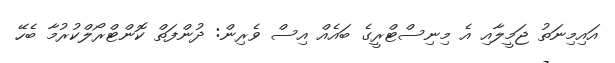
އައިމިނަތު ޖަމީލާއި އެ މިނިސްޓްރީގެ ބައެއް އިސް ވެރިން: ދުންފަތް ކޮންޓްރޯލްކުރުމާ ބެހޭ